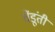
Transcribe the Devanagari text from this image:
चेंडूंती